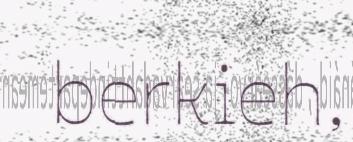
berkieh,